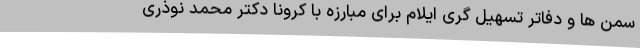
سمن ها و دفاتر تسهیل گری ایلام برای مبارزه با کرونا دکتر محمد نوذری